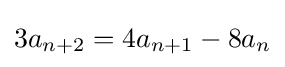
3a_{n+2}=4a_{n+1}-8a_{n}